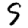
Digit: 9